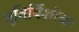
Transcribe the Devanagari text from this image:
भूतिर्विशोकः